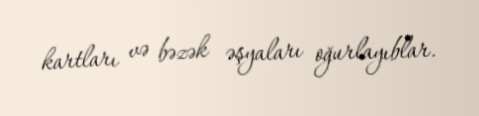
kartları və bəzək əşyaları oğurlayıblar.